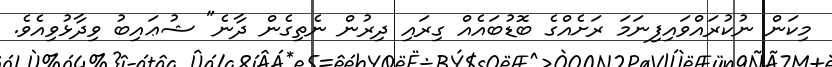
މިކަން ނުކުރައްވައިފިނަމަ ރަށެއްގެ ބޮޑުބައެއްް ގިރައި ދިރުން ނެތިގެން ދާނެ" ޝުޢައިބު ވިދާޅުވިއެވެ.